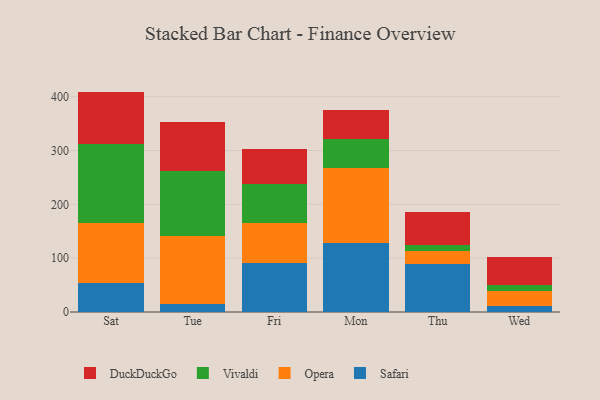
{"axis": {"x": "Day", "y": "Shipments"}, "legend": ["DuckDuckGo", "Opera", "Safari", "Vivaldi"], "data": [{"x": "Sat", "y": 53.4, "type": "Safari"}, {"x": "Sat", "y": 112.1, "type": "Opera"}, {"x": "Sat", "y": 147.3, "type": "Vivaldi"}, {"x": "Sat", "y": 96.6, "type": "DuckDuckGo"}, {"x": "Tue", "y": 14.0, "type": "Safari"}, {"x": "Tue", "y": 126.9, "type": "Opera"}, {"x": "Tue", "y": 121.1, "type": "Vivaldi"}, {"x": "Tue", "y": 91.3, "type": "DuckDuckGo"}, {"x": "Fri", "y": 90.2, "type": "Safari"}, {"x": "Fri", "y": 75.9, "type": "Opera"}, {"x": "Fri", "y": 71.5, "type": "Vivaldi"}, {"x": "Fri", "y": 64.5, "type": "DuckDuckGo"}, {"x": "Mon", "y": 127.3, "type": "Safari"}, {"x": "Mon", "y": 140.8, "type": "Opera"}, {"x": "Mon", "y": 53.3, "type": "Vivaldi"}, {"x": "Mon", "y": 54.1, "type": "DuckDuckGo"}, {"x": "Thu", "y": 89.7, "type": "Safari"}, {"x": "Thu", "y": 24.4, "type": "Opera"}, {"x": "Thu", "y": 10.2, "type": "Vivaldi"}, {"x": "Thu", "y": 61.6, "type": "DuckDuckGo"}, {"x": "Wed", "y": 11.6, "type": "Safari"}, {"x": "Wed", "y": 27.4, "type": "Opera"}, {"x": "Wed", "y": 11.9, "type": "Vivaldi"}, {"x": "Wed", "y": 51.4, "type": "DuckDuckGo"}]}